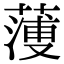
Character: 𦻈